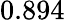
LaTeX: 0.894